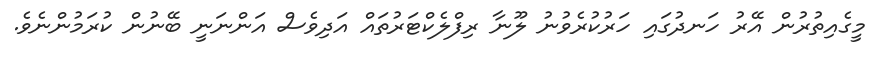
މީގެއިތުރުން އޭރު ހަނދުގައި ހަރުކުރެވުނު ލޫނާ ރިފްލެކްޓަރުތައް އަދިވެސް އަންނަނީ ބޭނުން ކުރަމުންނެވެ.